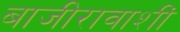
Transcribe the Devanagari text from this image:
बाजीरावाशीं